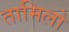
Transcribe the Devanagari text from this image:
तामिलो